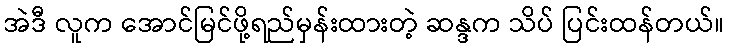
အဲဒီ လူက အောင်မြင်ဖို့ရည်မှန်းထားတဲ့ ဆန္ဒက သိပ် ပြင်းထန်တယ်။